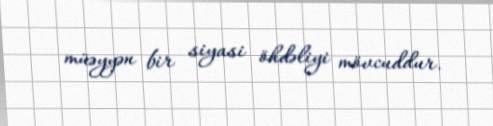
müəyyən bir siyasi öhdəliyi mövcuddur.